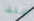
منذ